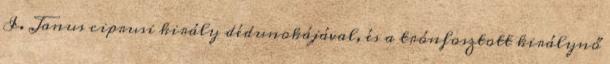
I. Janus ciprusi király dédunokájával, és a trónfosztott királynő